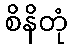
စိနိတုံ